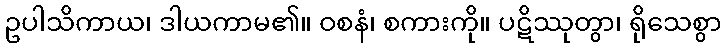
ဥပါသိကာယ၊ ဒါယကာမ၏။ ဝစနံ၊ စကားကို။ ပဋိဿုတွာ၊ ရိုသေစွာ